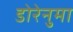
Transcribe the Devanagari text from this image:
डोरेनुमा